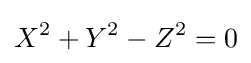
X^{2}+Y^{2}-Z^{2}=0